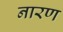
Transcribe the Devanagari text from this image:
नारण